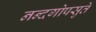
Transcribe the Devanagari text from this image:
नन्दगोपसुते